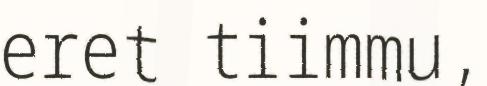
eret tiimmu,